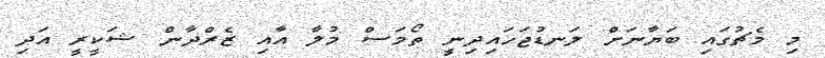
މި މެޗުގައި ބަޔާނަށް ލަނޑުޖަހައިދިނީ ތޯމަސް މުލާ އާއި ޒެރްދާން ޝަކީރީ އަދި